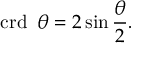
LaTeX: \operatorname { c r d } \ { \theta } = 2 \sin { \frac { \theta } { 2 } } .